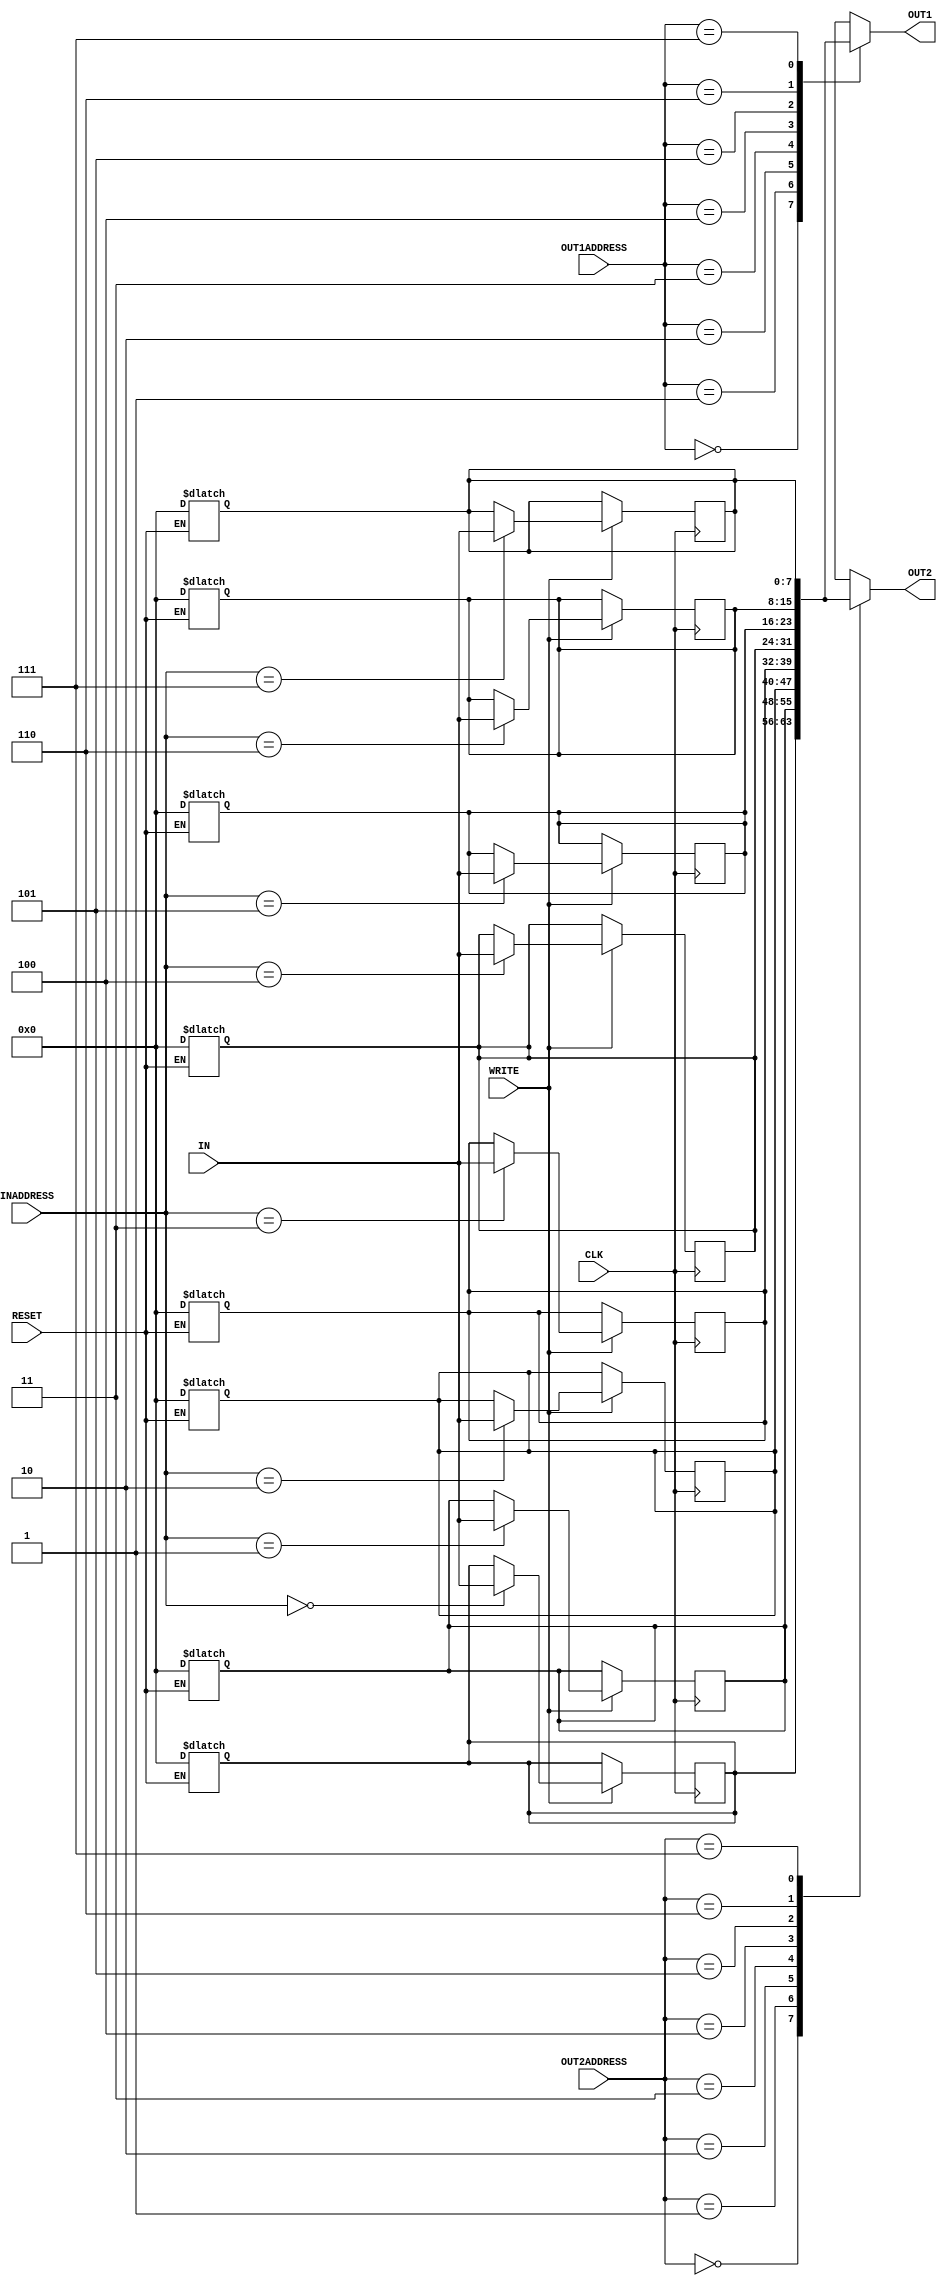
/*	Madushanka H.M.K
  	E/16/221
	Code for Register File
*/

module reg_file(CLK, RESET, WRITE, IN, OUT1, OUT2, INADDRESS, OUT1ADDRESS, OUT2ADDRESS);

input[7:0] IN;	//8-bit input data to write
input[2:0] OUT1ADDRESS, OUT2ADDRESS, INADDRESS;	//register addresses of read and write
output reg[7:0] OUT1, OUT2;	//output data from reading registers
input WRITE, CLK, RESET;	//inputs to enable write,clock and reset

reg[7:0] register[7:0];		//8 registers array to store 8-bit data

always@(posedge(CLK)) begin	//write command will work according to clk(synchronously)
	if(WRITE == 1'b1)begin	//if write command given
		#2		//2 time units delay
		register[INADDRESS] <= IN;	//write into given register	
	end
end

always@(register[OUT1ADDRESS], register[OUT2ADDRESS])begin	//reading asynchronously	
	#2	//2 time units delay
	//assigning output data
	OUT1 <= register[OUT1ADDRESS];	
	OUT2 <= register[OUT2ADDRESS];
end

always@(RESET)begin	
	if(RESET == 1'b1)begin	//if reset is set
	#2	//2 time units delay
	//set all values in registers to zero
	register[0] = 0;
	register[1] = 0;
	register[2] = 0;
	register[3] = 0;
	register[4] = 0;
	register[5] = 0;
	register[6] = 0;
	register[7] = 0;
	
	/*this can do by a for loop too,but this giving an error when running the program on my pc
	integer i;
	for(i=0; i<8; i=i+1)begin
		register[i] = 0;
	end*/
	end
end
endmodule
	
//test module
module reg_file_tb;
    
    reg [7:0] WRITEDATA;
    reg [2:0] WRITEREG, READREG1, READREG2;
    reg CLK, RESET, WRITEENABLE; 
    wire [7:0] REGOUT1, REGOUT2;
    
    reg_file myregfile(CLK, RESET, WRITEENABLE, WRITEDATA, REGOUT1, REGOUT2, WRITEREG, READREG1, READREG2);
       
    initial
    begin
        CLK = 1'b1;
        $monitor($time," CLK: %b,RESET: %b,WRITE: %b,WRITEDATA: %b,OUT1: %b,OUT2: %b,WRITEREG: %b,READREG1: %b,READREG2: %b",CLK, RESET, WRITEENABLE, WRITEDATA, REGOUT1, REGOUT2, WRITEREG, READREG1, READREG2);	//output format
      
        $dumpfile("reg_file_wavedata.vcd");//GTK wave file
	$dumpvars(0, reg_file_tb);
        
        // assign values with time to input signals to see output 
        RESET = 1'b0;
        WRITEENABLE = 1'b0;
        
        #2
        RESET = 1'b1;
        READREG1 = 3'd3;
        READREG2 = 3'd7;
        
        #5
        RESET = 1'b0;
        
	#5
	READREG1 = 3'd5;
	READREG2 = 3'd4;

        #2
        WRITEREG = 3'd3;
        WRITEDATA = 8'd23;
        WRITEENABLE = 1'b1;
        
        #5
        WRITEENABLE = 1'b0;
        
        #2
        READREG1 = 3'd3;
	READREG2 = 3'd4;
        
        #5
        WRITEREG = 3'd0;
        WRITEDATA = 8'd45;
        WRITEENABLE = 1'b1;
        READREG1 = 3'd4;
        
        #3
        WRITEENABLE = 1'b0;
        
        #5
        WRITEREG = 3'd4;
        WRITEDATA = 8'd55;
        WRITEENABLE = 1'b1;
        
        #10
        WRITEDATA = 8'd27;
        WRITEENABLE = 1'b1;
        
        #10
        WRITEENABLE = 1'b0;
        
        #6
        WRITEREG = 3'd1;
        WRITEDATA = 8'd50;
        WRITEENABLE = 1'b1;
        
        #5
        WRITEENABLE = 1'b0;
        
        #6
	READREG1 = 3'd7;
	
	#4
	READREG2 = 3'd1;
	
        $finish;
    end
    
    // clock signal generation
    always
        #5 CLK = ~CLK;
endmodule